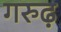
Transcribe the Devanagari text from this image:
गरुढ़